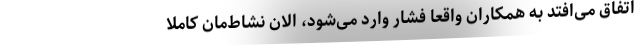
اتفاق می‌افتد به همکاران واقعا فشار وارد می‌شود، الان نشاط‌مان کاملا